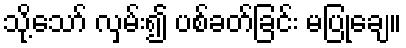
သို့သော် လှမ်း၍ ပစ်ခတ်ခြင်း မပြုချေ။